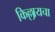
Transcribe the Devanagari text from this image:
किल्लायचा